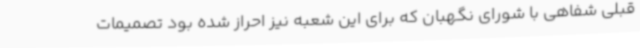
قبلی شفاهی با شورای نگهبان که برای این شعبه نیز احراز شده بود تصمیمات